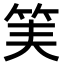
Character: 𥬟